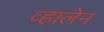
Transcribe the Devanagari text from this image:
व्हालेन